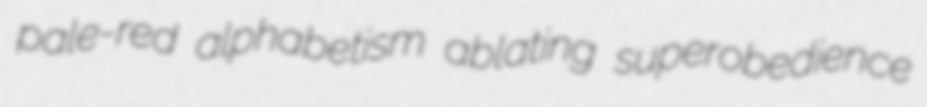
pale-red alphabetism ablating superobedience